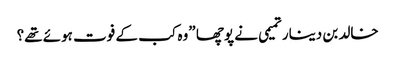
خالد بن دینار تمیمی نے پوچھا ”وہ کب کے فوت ہوئے تھے؟